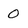
Character: 0